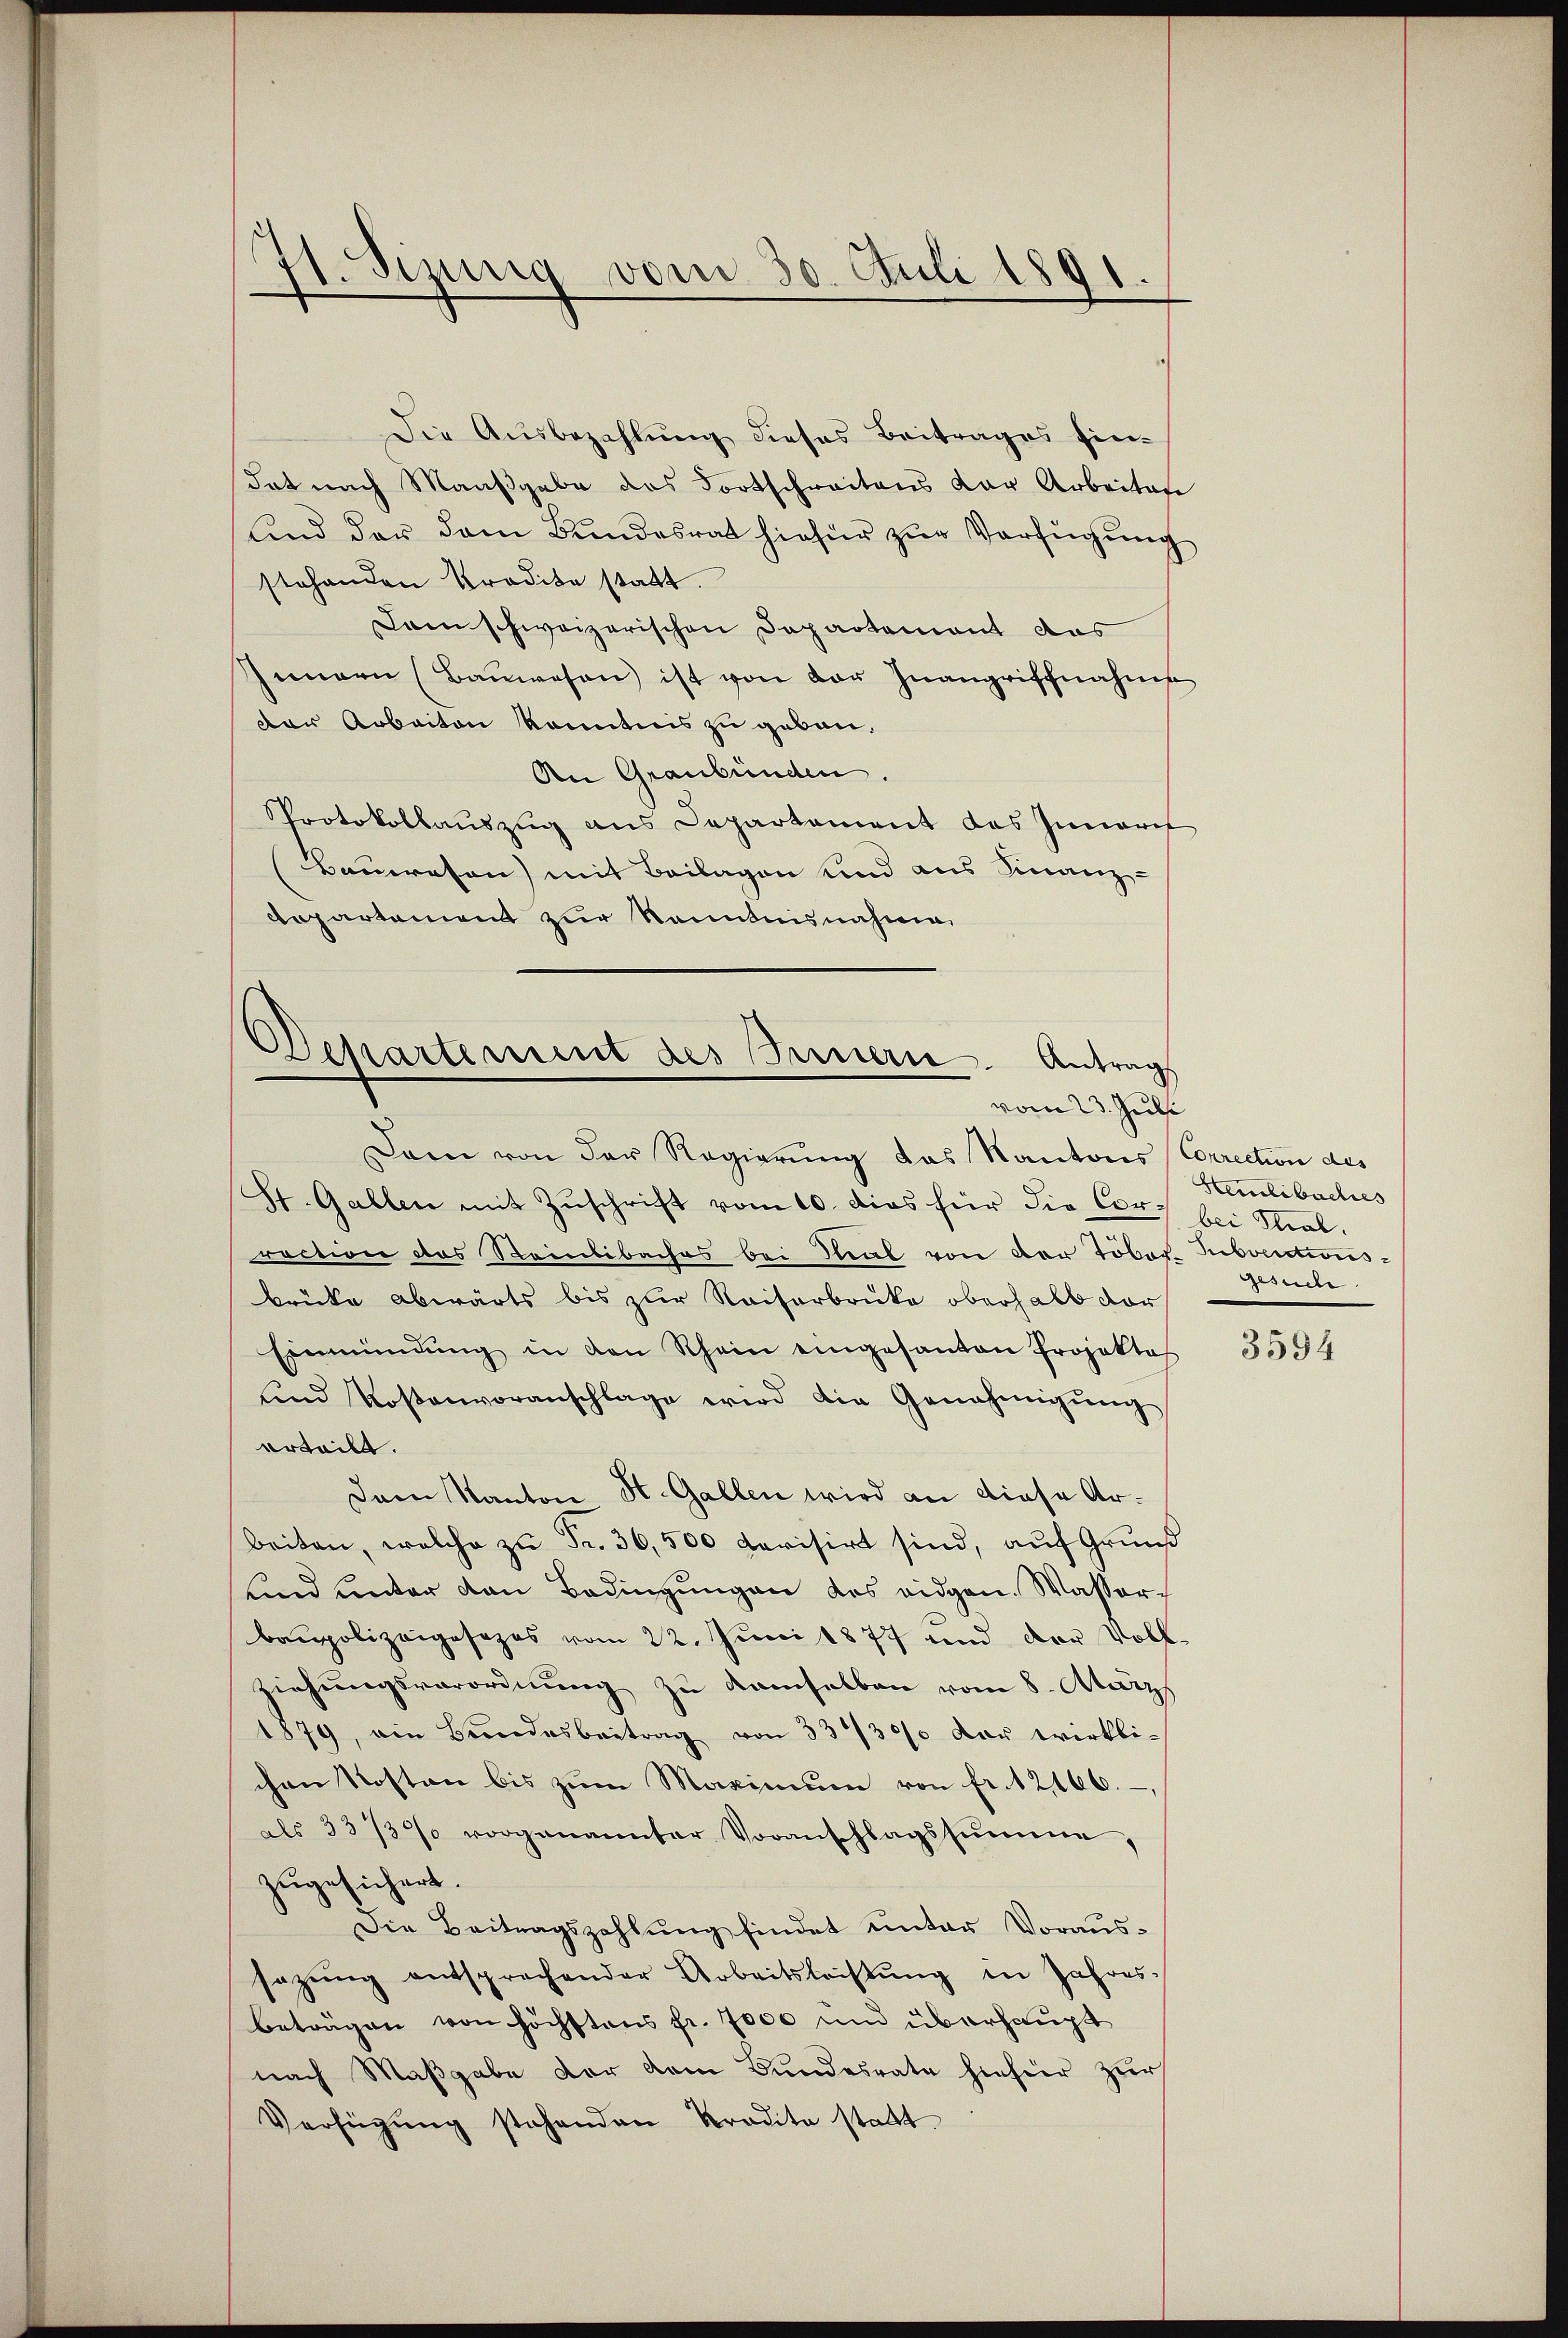
Die Ausbezahlung dieses Beitrages Eindat nach Maaßgabe des Fortschreitens der Arbeiten
und der dem Bundesrat hiefür zur Verfügung
stehenden Kredite statt.
Lam schweizerischen Departement das
Innern (Baŭwesen ist von der Inangriffnahme
Der Arbeiten konntnis zu gebau¬
An Graubünden.
Protokollauszug aus Departament des Innert
Bauwesen) mit Beilagen und aus Finanz-
Departement zur Kenntnisnahme

71. Sizung vom 30. Juli 1891.

Departement des Innern. Antrags
vom 23. Juli
Dann von der Regierung das Kantons Correction des

St. Gallen mit Zuschrift vom 10. dies für die Cor bei Stralraction das Steinbibaches bei That von der Töber Subventionsbrücke abwärts bis zur Kaiserbrüke oberhalb vor
Einmündŭng in den Rhein eingesanten Projektes
und Kostenvoranschlage wird die Genehmigŭng
erteilt.
Dann Kanton St. Gallen wird an diese Arbeiten, welche zu Fr. 36,500 Ravisirt sind, auf Grund
und unter den Bedingungen des eidgen. Wasserbaupolizeigesezes vom 22. Juni 1877 und der Voll-
ziehungsverordnung zu demselben vom 8. März
1879, ein Bŭndesbeitrag von 33/30% der wirkli-
chen Kosten bis zum Maximum von fr. 12166.
als 33/3% vorgenannter Voranschlagssumme,
zugesichert.
Die Beitragszahlung findet unter Voraussazŭng entsprechender Arbeitsleistŭng in Jahres-
beträgen von höchstens fr. 7000 und überhaupt
nach Maßgabe vor dem Bundesrate hinhier zur
Verfügŭng stehenden Kradita statt

Hemlibaches
gesuche.

3594